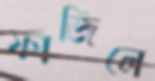
ফাজিলে